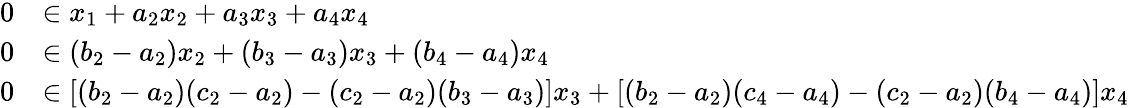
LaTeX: \begin{array}{rl}{0}&{\in x_{1}+a_{2}x_{2}+a_{3}x_{3}+a_{4}x_{4}}\\ {0}&{\in(b_{2}-a_{2})x_{2}+(b_{3}-a_{3})x_{3}+(b_{4}-a_{4})x_{4}}\\ {0}&{\in[(b_{2}-a_{2})(c_{2}-a_{2})-(c_{2}-a_{2})(b_{3}-a_{3})]x_{3}+[(b_{2}-a_{2})(c_{4}-a_{4})-(c_{2}-a_{2})(b_{4}-a_{4})]x_{4}}\end{array}